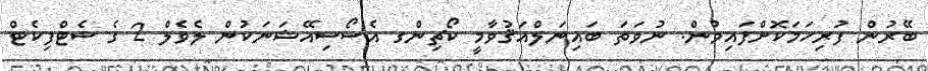
ބޭރުން ފުރިހަމަކޮށްފައިވުން. ނުވަތަ ބައިނަލްއަޤުވާމީ ކޯޗިންގ އެސޯސިއޭޝަނަކުން ލެވެލް 2 ގެ ސެޓްފިކެޓް